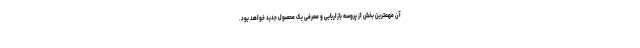
آن مهمترین بخش از پروسه بازاریابی و معرفی یک محصول جدید خواهد بود.